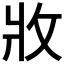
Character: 𭷁